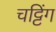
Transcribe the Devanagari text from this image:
चट्टिंग